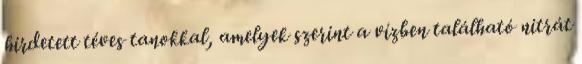
hirdetett téves tanokkal, amelyek szerint a vízben található nitrát